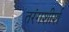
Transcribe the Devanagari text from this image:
तरंगशीर्श